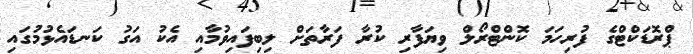
ޕްރޮޑަކްޓްގެ ފުރިހަމަ ކޮންޓްރޯލް ވިޔަފާރި ކުރާ ފަރާތަށް ލިބިފައިވުމާއި އެކު އަގު ކަނޑައެޅުމުގައި